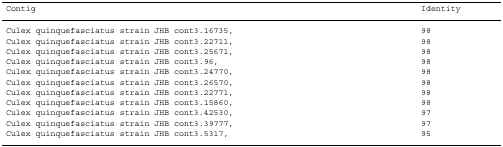
| Contig | Identity |
 | --- | --- |
 | Culex quinquefasciatus strain JHB cont3.16735, | 98 |
 | Culex quinquefasciatus strain JHB cont3.22711, | 98 |
 | Culex quinquefasciatus strain JHB cont3.25671, | 98 |
 | Culex quinquefasciatus strain JHB cont3.96, | 98 |
 | Culex quinquefasciatus strain JHB cont3.24770, | 98 |
 | Culex quinquefasciatus strain JHB cont3.26570, | 98 |
 | Culex quinquefasciatus strain JHB cont3.22771, | 98 |
 | Culex quinquefasciatus strain JHB cont3.15860, | 98 |
 | Culex quinquefasciatus strain JHB cont3.42530, | 97 |
 | Culex quinquefasciatus strain JHB cont3.39777, | 97 |
 | Culex quinquefasciatus strain JHB cont3.5317, | 95 |